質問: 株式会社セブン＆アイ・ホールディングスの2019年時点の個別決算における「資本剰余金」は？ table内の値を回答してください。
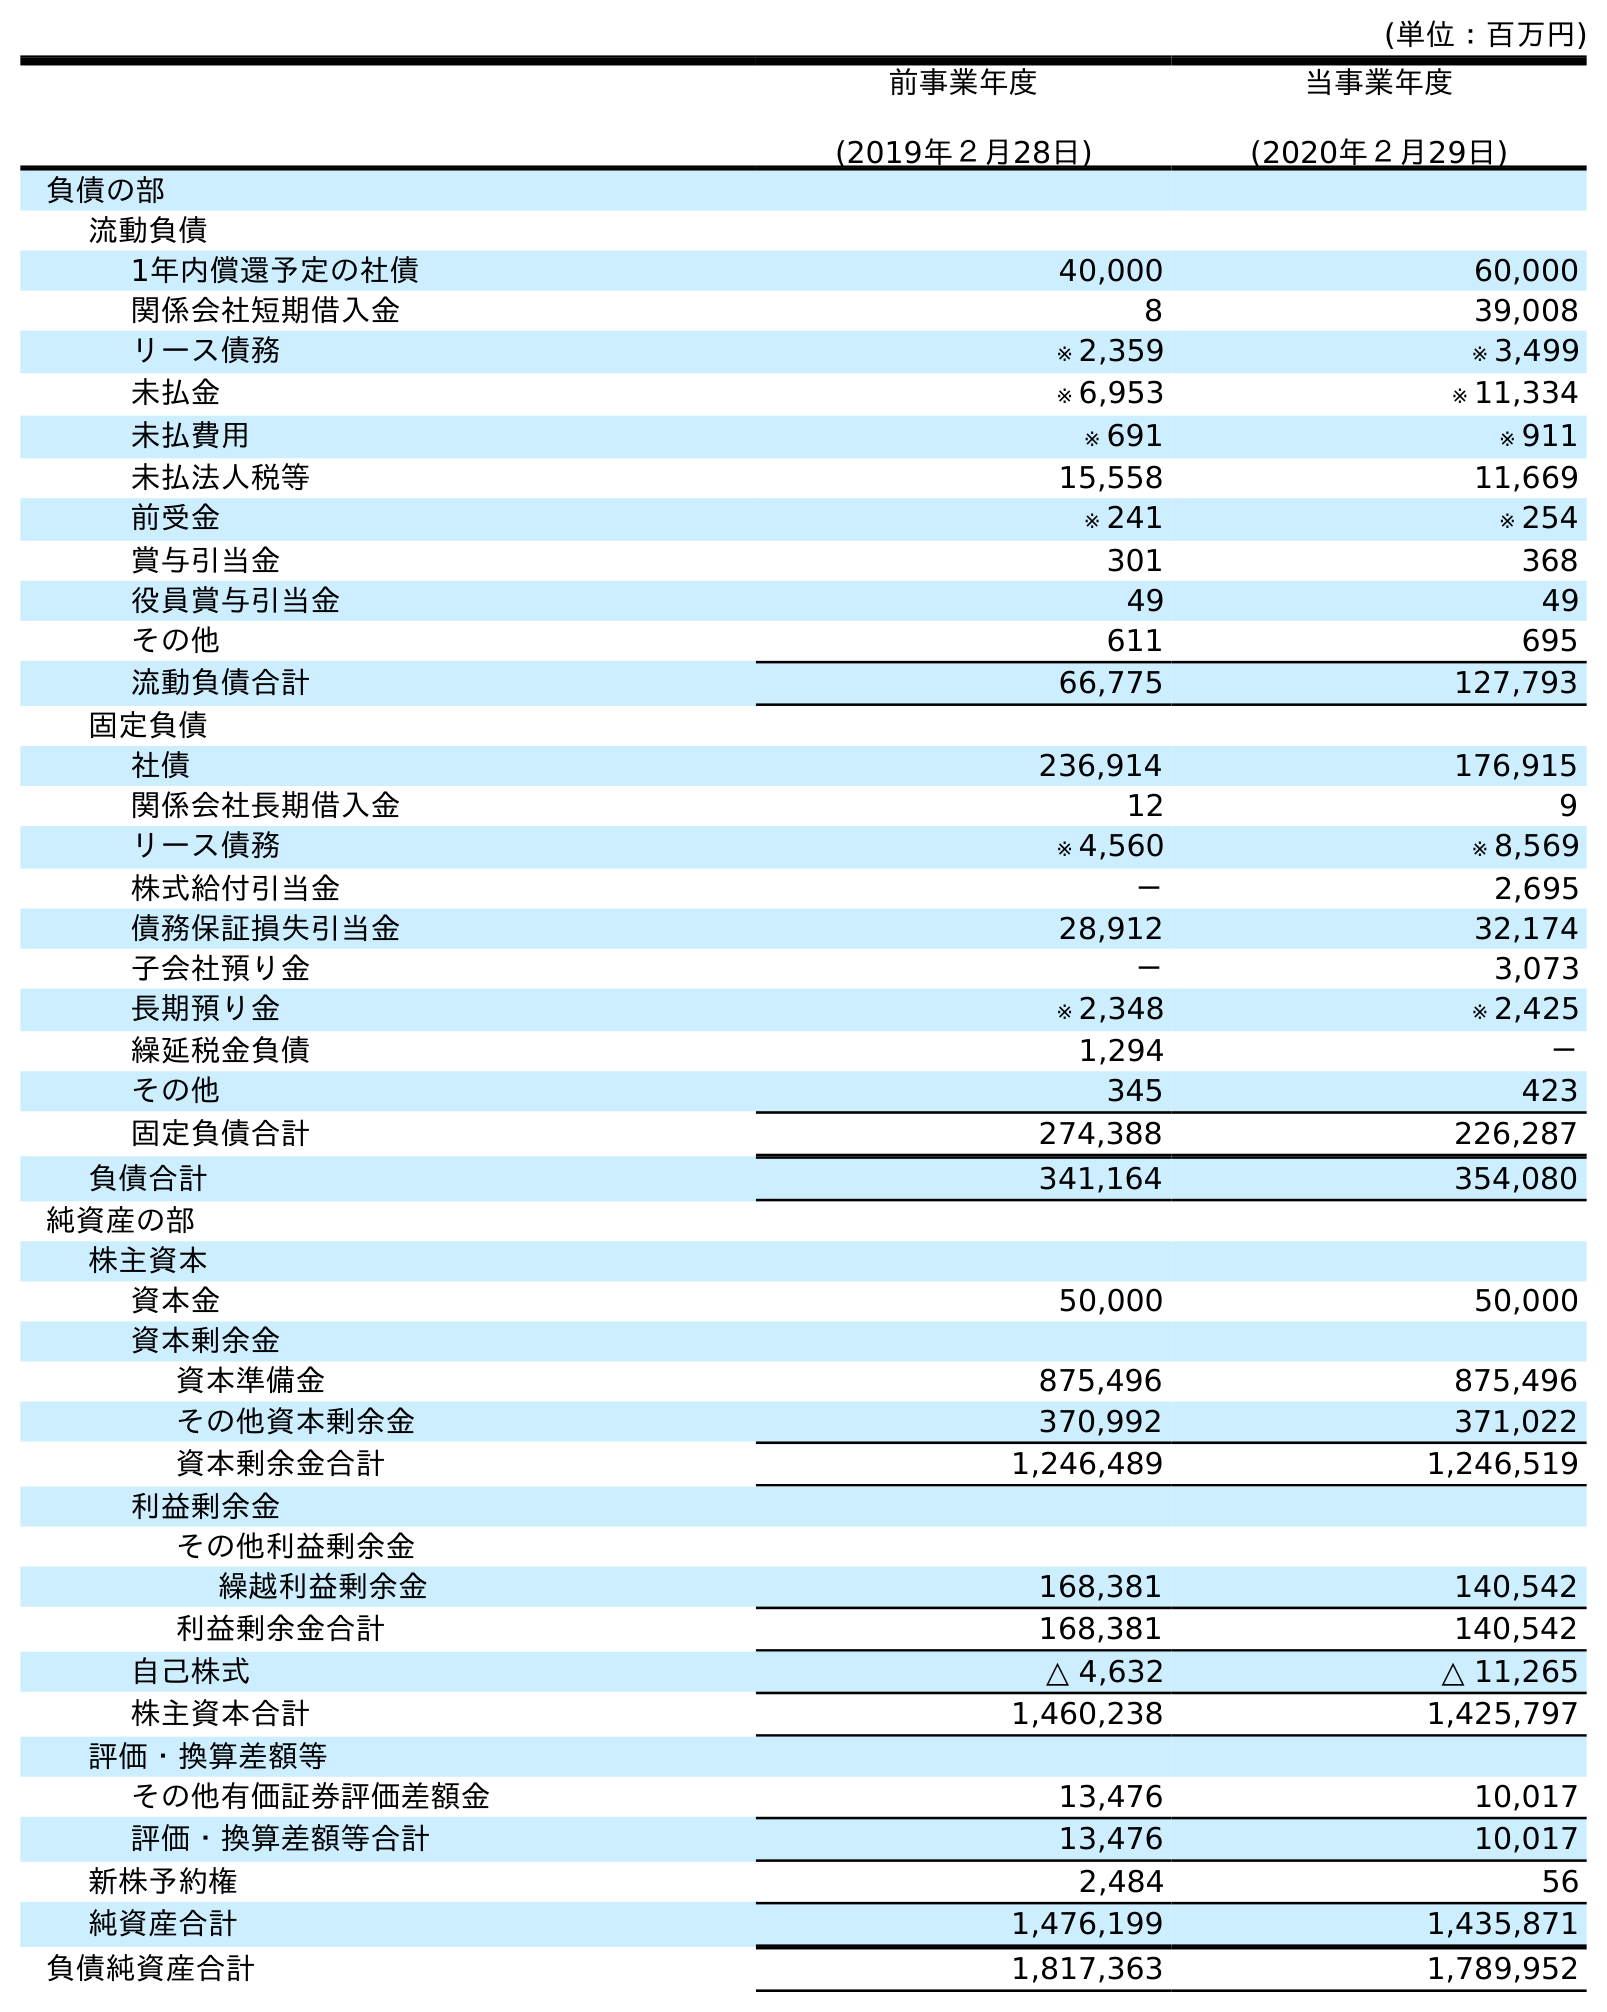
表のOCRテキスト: (単位：百万円) 前事業年度 (2019年２月28日) 当事業年度 (2020年２月29日) 負債の部 流動負債 1年内償還予定の社債 40,000 60,000 関係会社短期借入金 8 39,008 リース債務 ※ 2,359 ※ 3,499 未払金 ※ 6,953 ※ 11,334 未払費用 ※ 691 ※ 911 未払法人税等 15,558 11,669 前受金 ※ 241 ※ 254 賞与引当金 301 368 役員賞与引当金 49 49 その他 611 695 流動負債合計 66,775 127,793 固定負債 社債 236,914 176,915 関係会社長期借入金 12 9 リース債務 ※ 4,560 ※ 8,569 株式給付引当金 － 2,695 債務保証損失引当金 28,912 32,174 子会社預り金 － 3,073 長期預り金 ※ 2,348 ※ 2,425 繰延税金負債 1,294 － その他 345 423 固定負債合計 274,388 226,287 負債合計 341,164 354,080 純資産の部 株主資本 資本金 50,000 50,000 資本剰余金 資本準備金 875,496 875,496 その他資本剰余金 370,992 371,022 資本剰余金合計 1,246,489 1,246,519 利益剰余金 その他利益剰余金 繰越利益剰余金 168,381 140,542 利益剰余金合計 168,381 140,542 自己株式 △ 4,632 △ 11,265 株主資本合計 1,460,238 1,425,797 評価・換算差額等 その他有価証券評価差額金 13,476 10,017 評価・換算差額等合計 13,476 10,017 新株予約権 2,484 56 純資産合計 1,476,199 1,435,871 負債純資産合計 1,817,363 1,789,952
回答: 1,246,489